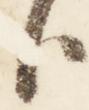
臣